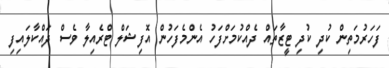
ފަހަަރުމަތިން ކުދި ކުދި ޓީޒާތައް ދެއްކުމަށްފަހު އެންމެފަހުން އޮފިޝަލް ޓްރެއިލާ ވެސް ދައްކާލައިފި